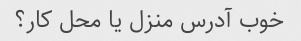
خوب آدرس منزل یا محل کار؟